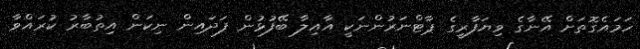
ހަމައެގޮތަށް އޭނާގެ ވިޔަފާރީގެ ޕާޓްނަރުންނަކީ އާއިލާ ބޭފުޅުން ފަދައިން ނިކަން އިތުބާރު ކުރައްވާ